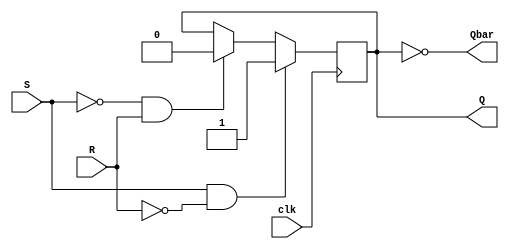
module sr_flipflop (
    input S, R, clk,
    output reg Q, Qbar
);

always @(posedge clk) begin
    if (S && !R)
        Q <= 1'b1;
    else if (!S && R)
        Q <= 1'b0;
end

assign Qbar = ~Q;

endmodule